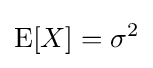
\operatorname {E} [X]=\sigma ^{2}